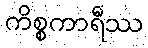
ကိစ္စကာရီဿ